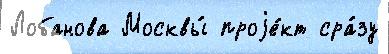
Лобанова Москвы́ проjе́кт сра́зу